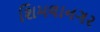
શિમલાનગર